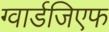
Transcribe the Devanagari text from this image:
ग्वार्डजिएफ